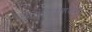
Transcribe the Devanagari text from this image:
निस्र्मितीसाठीही